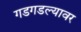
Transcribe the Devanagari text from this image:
गडगडल्यावर